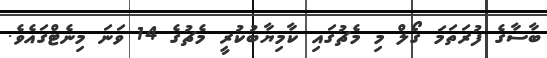
ބާސާގެ ފުރަތަމަ ގޯލް މި މެޗުގައި ކާމިޔާބުކުރީ މެޗުގެ 14 ވަނަ މިނެޓްގައެވެ.